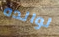
لوالده